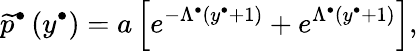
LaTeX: \widetilde{p}^{\bullet}\left(y^{\bullet}\right)=a\left[e^{-\Lambda^{\bullet}\left(y^{\bullet}+1\right)}+e^{\Lambda^{\bullet}\left(y^{\bullet}+1\right)}\right],